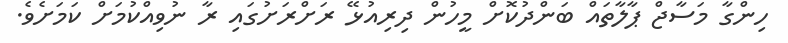
ހިންގާ މަސާޖް ޕާލާތައް ބަންދުކޮށް މީހުން ދިރިއުޅޭ ރަށްރަށުގައި ރާ ނުވިއްކުމަށް ކަމަށެވެ.